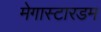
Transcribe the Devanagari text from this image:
मेगास्टारडम